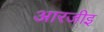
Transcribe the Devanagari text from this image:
आरजीइ